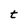
Character: t